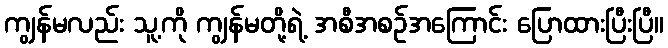
ကျွန်မလည်း သူ့ကို ကျွန်မတို့ရဲ့ အစီအစဉ်အကြောင်း ပြောထားပြီးပြီ။